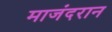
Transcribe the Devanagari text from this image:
माजंदरान